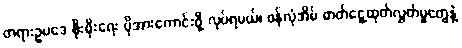
တရားဥပဒေ စိုးမိုးရေး ပိုအားကောင်းဖို့ လုပ်ရမယ်၊ ဖန်လုံအိမ် ဓာတ်ငွေ့ထုတ်လွှတ်မှုတွေနဲ့